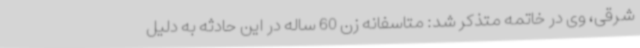
شرقی، وی در خاتمه متذکر شد: متاسفانه زن 60 ساله در این حادثه به دلیل